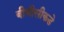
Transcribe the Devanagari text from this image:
बीबीसीकडे